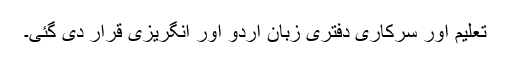
تعلیم اور سرکاری دفتری زبان اُردو اور انگریزی قرار دی گئی۔